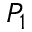
P _ { 1 }